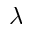
\lambda